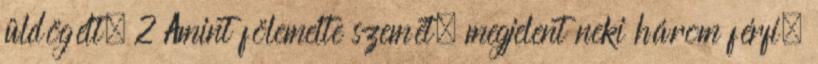
üldögélt. 2 Amint fölemelte szemét, megjelent neki három férfi,